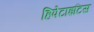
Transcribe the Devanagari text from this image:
हिपेटाइटिस